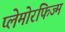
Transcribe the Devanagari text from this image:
प्लेमोरफिज्म